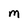
Character: M